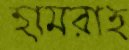
হামরাহ